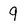
Character: 9